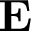
\mathbf { E }